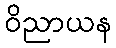
ဝိညာယန